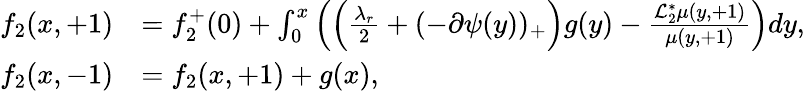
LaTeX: \begin{array}{rl}{f_{2}(x,+1)}&{=f_{2}^{+}(0)+\int_{0}^{x}\left(\left(\frac{\lambda_{r}}{2}+(-\partial\psi(y))_{+}\right)g(y)-\frac{\mathcal{L}_{2}^{*}\mu(y,+1)}{\mu(y,+1)}\right)dy,}\\ {f_{2}(x,-1)}&{=f_{2}(x,+1)+g(x),}\end{array}